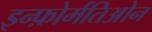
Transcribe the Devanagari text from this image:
इन्फ़ोर्मतिओन